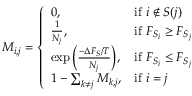
M _ { i , j } = \left\{ \begin{array} { l l } { 0 , } & { \mathrm { i f } \ i \notin S ( j ) } \\ { \frac { 1 } { N _ { j } } , } & { \mathrm { i f } \ F _ { S _ { i } } \ge F _ { S _ { j } } } \\ { \exp { \left( \frac { - \Delta F _ { S } / T } { N _ { j } } \right) } , } & { \mathrm { i f } \ F _ { S _ { i } } \le F _ { S _ { j } } } \\ { 1 - \sum _ { k \ne j } M _ { k , j } , } & { \mathrm { i f } \ i = j } \end{array} \right.